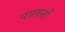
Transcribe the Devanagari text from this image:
पालनों